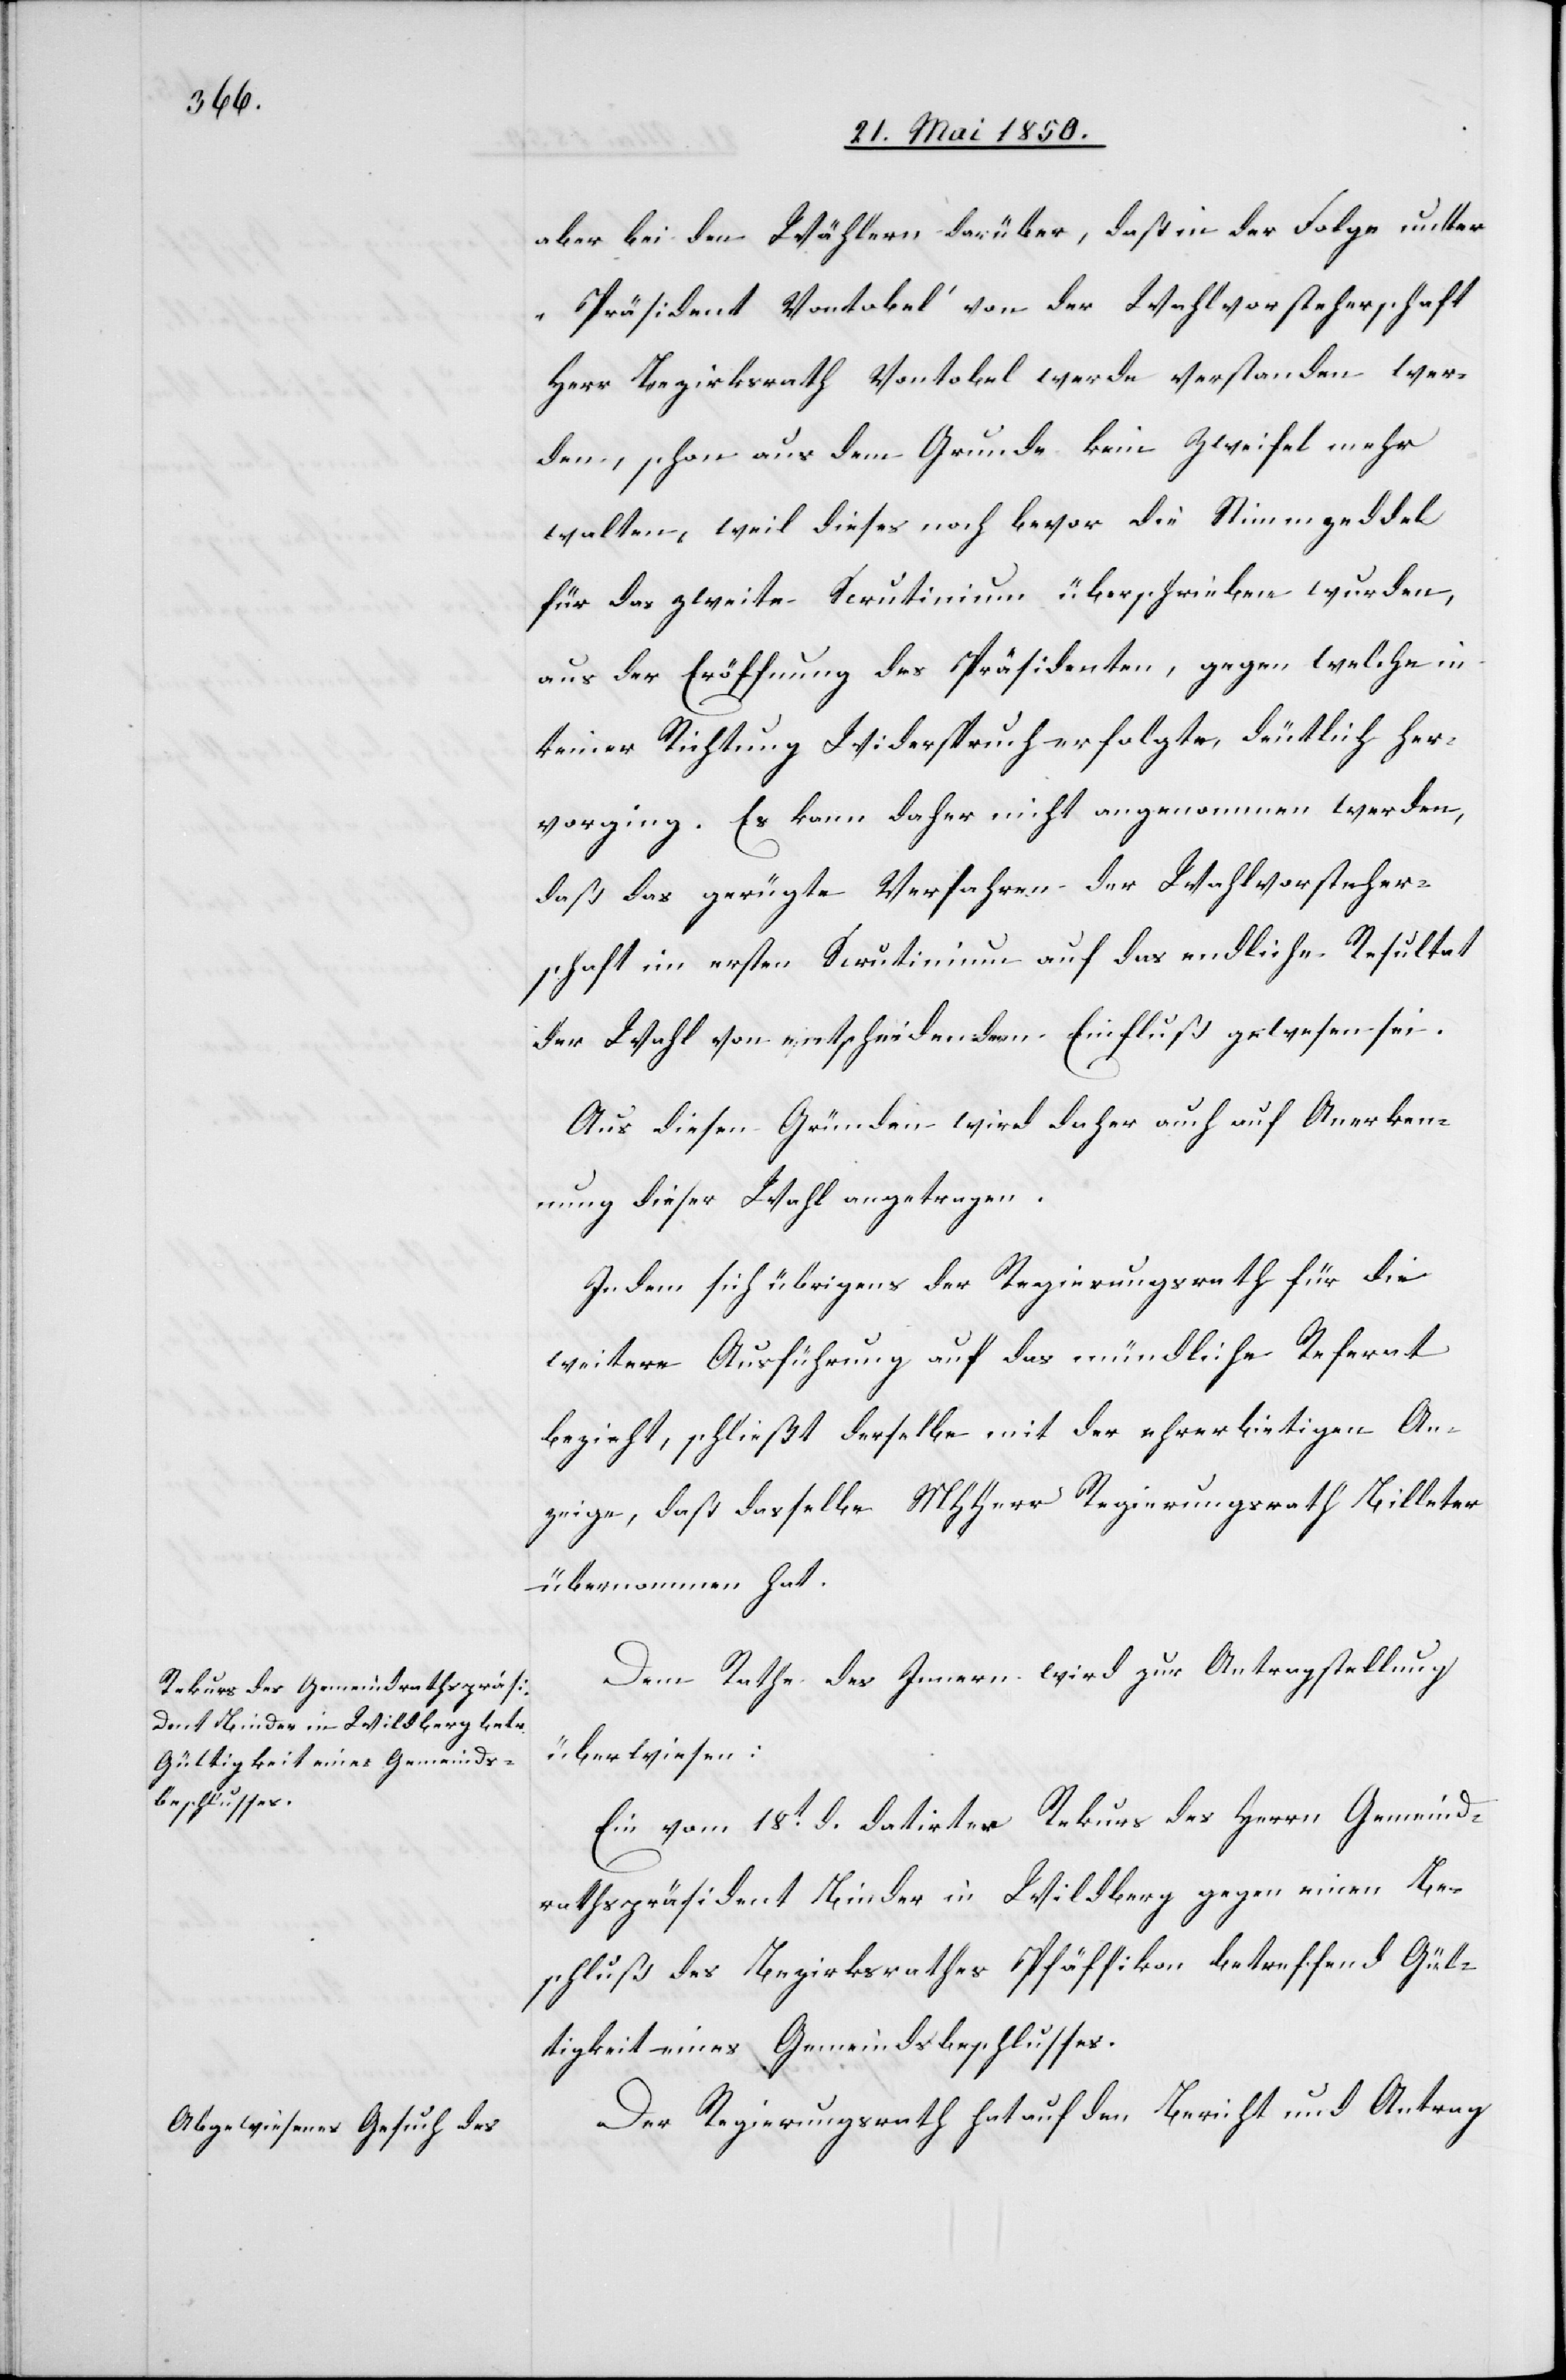
aber bei den Wählern darüber, daß in der Folge unter
„Präsident Vontobel“ von der Wahlvorsteherschaft
Herr Bezirksrath Vontobel werde verstanden wer¬
den, schon aus dem Grunde kein Zweifel mehr
walten, weil dieses noch bevor die Stimmzeddel
für das zweite Scrutinium überschrieben wurden,
aus der Eröffnung des Präsidenten, gegen welche in
keiner Richtung Widerspruch erfolgte, deutlich her¬
vorging. Es kann daher nicht angenommen werden,
daß das gerügte Verfahren der Wahlvorsteher¬
schaft im ersten Scrutinium auf das endliche Resultat
der Wahl von entscheidendem Einfluß gewesen sei.
Aus diesen Gründen wird daher auch auf Anerken¬
nung dieser Wahl angetragen.
Indem sich übrigens der Regierungsrath für die
weitere Ausführung auf das mündliche Referat
bezieht, schließt derselbe mit der ehrerbietigen An¬
zeige, daß dasselbe MHHerr Regierungsrath Billeter
übernommen hat.
Dem Rathe des Innern wird zur Antragstellung
überwiesen:
Ein vom 18t d. datirter Rekurs des Herrn Gemeind¬
rathspräsident Binder in Wildberg gegen einen Be¬
schluß des Bezirksrathes Pfäffikon betreffend Gül¬
tigkeit eines Gemeindsbeschlusses.
Der Regierungsrath hat auf den Bericht und Antrag